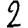
Digit: 2